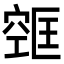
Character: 𫁔